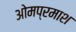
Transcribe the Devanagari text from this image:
ओमप्रमाश